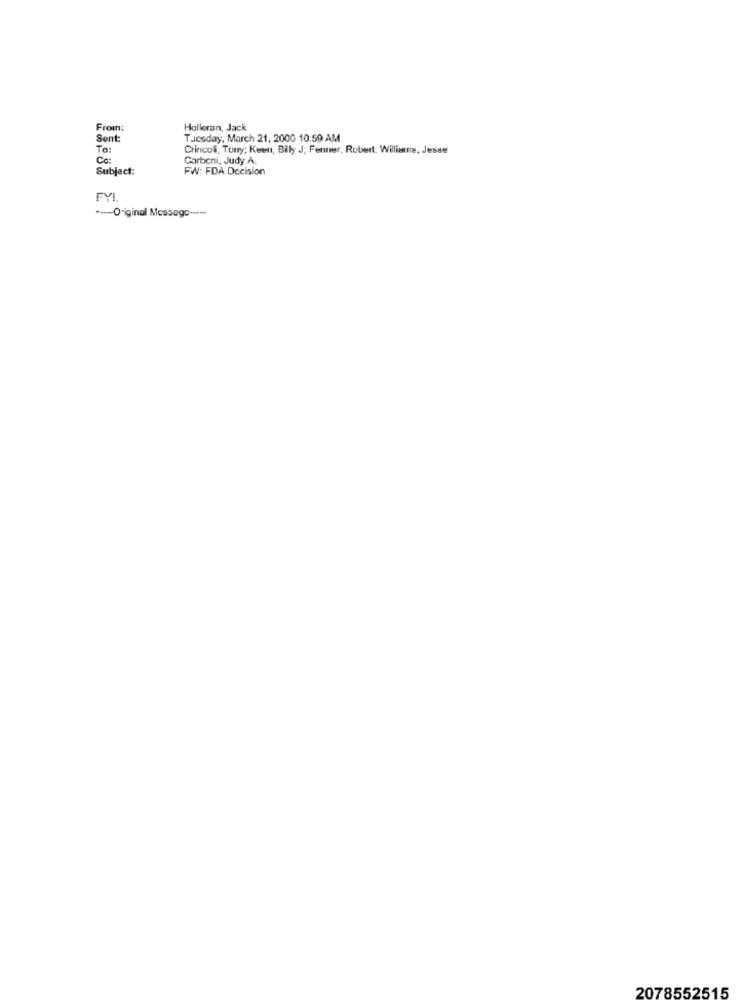
From:
Holleran, Jack
Sent:
Tuesday, March 21, 2000 10:59 AM
To:
Crincol, Turry; Keen, Bily J; Ferner, Robert: Willians, Jesse
Cc:
Carbeni, Judy A.
Subject:
FW: FDA Decision
FYI
---- Original Message ---
2078552515